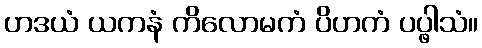
ဟဒယံ ယကနံ ကိလောမကံ ပိဟကံ ပပ္ဖါသံ။